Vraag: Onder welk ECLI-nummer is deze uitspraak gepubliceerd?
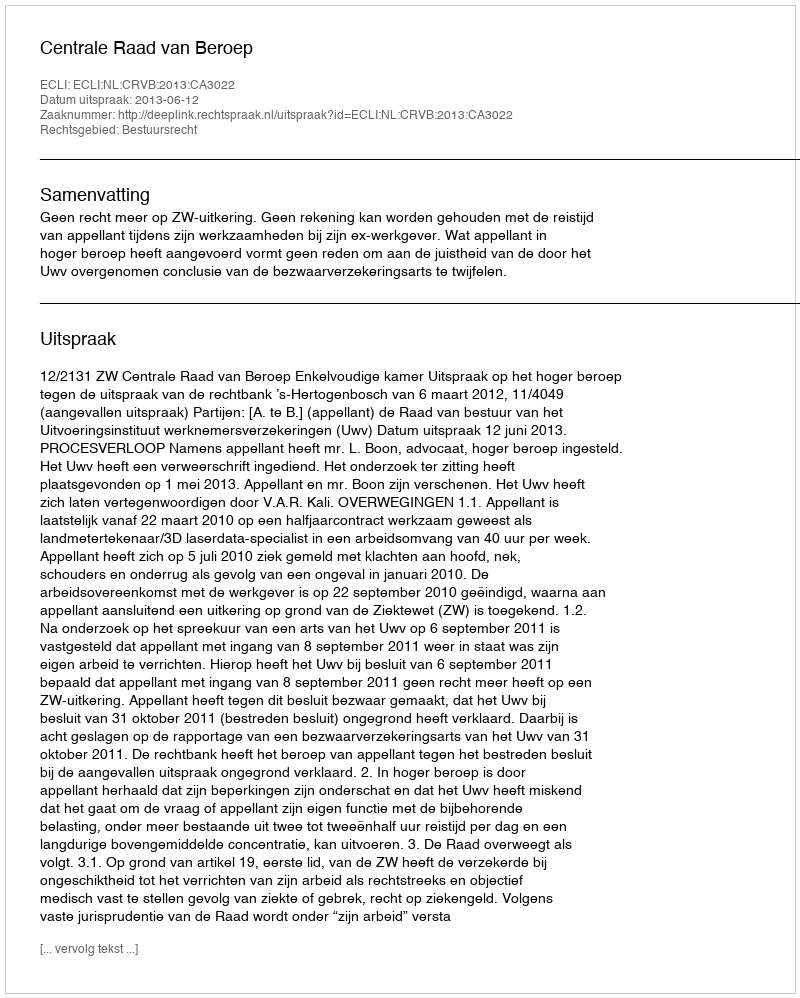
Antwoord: ECLI:NL:CRVB:2013:CA3022